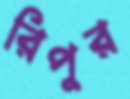
রিপুর